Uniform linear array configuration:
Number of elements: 48
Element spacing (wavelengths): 0.75
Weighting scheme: uniform
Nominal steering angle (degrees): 15
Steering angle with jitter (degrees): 14.429
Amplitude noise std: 0.05
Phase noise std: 0.05

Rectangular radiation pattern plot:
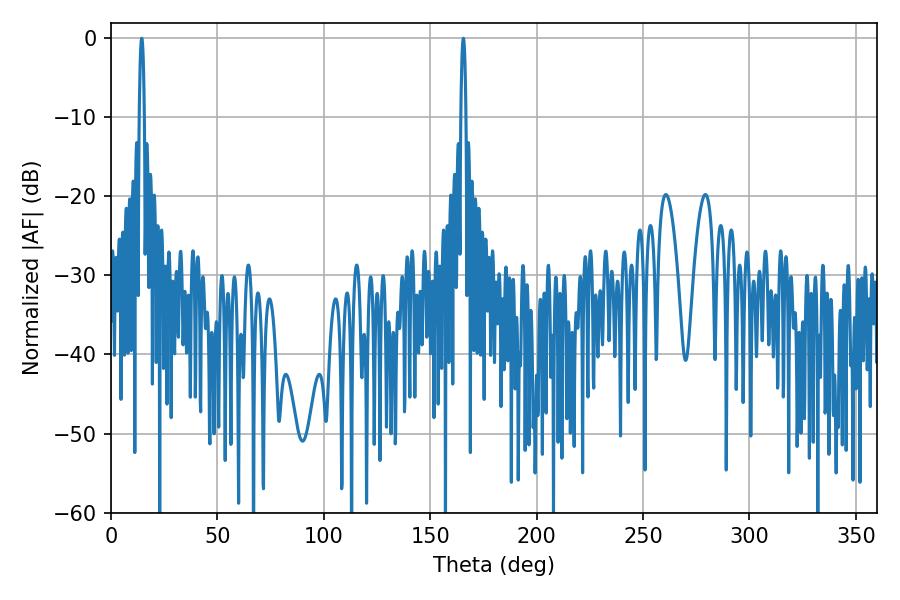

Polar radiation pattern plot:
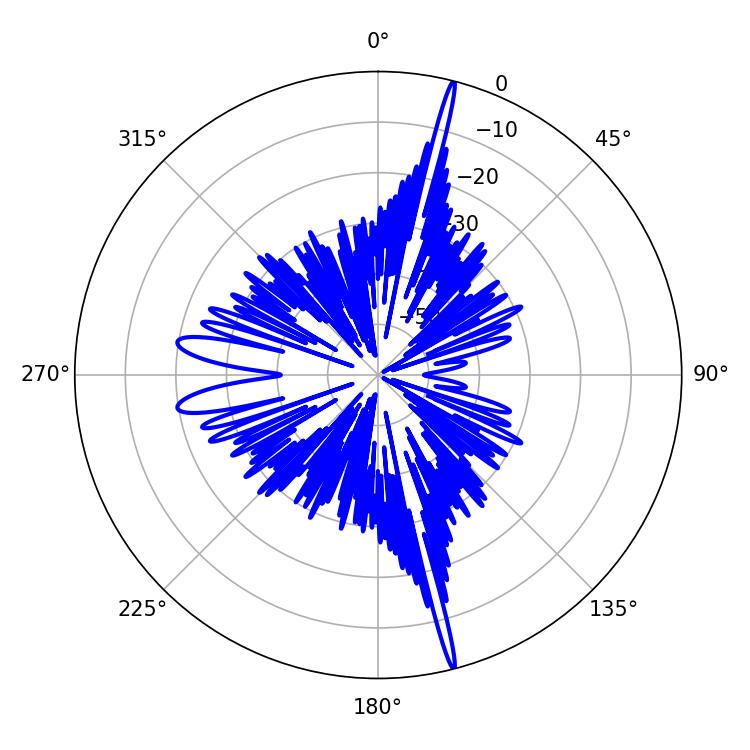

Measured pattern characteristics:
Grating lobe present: TRUE
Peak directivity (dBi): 22.427
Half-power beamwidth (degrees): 1.26
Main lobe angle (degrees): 14.4